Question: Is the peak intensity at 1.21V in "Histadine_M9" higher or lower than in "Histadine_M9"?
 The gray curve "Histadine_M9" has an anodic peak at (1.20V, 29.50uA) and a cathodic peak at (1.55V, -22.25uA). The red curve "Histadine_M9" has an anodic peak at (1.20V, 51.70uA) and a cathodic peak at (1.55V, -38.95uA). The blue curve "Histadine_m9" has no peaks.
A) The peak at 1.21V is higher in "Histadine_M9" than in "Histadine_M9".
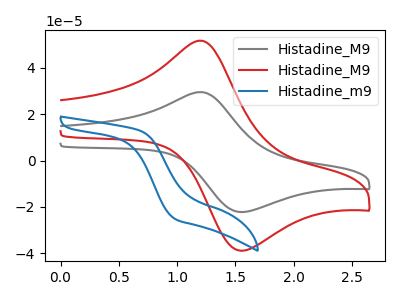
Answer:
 <answer>A) The peak at 1.21V is higher in "Histadine_M9" than in "Histadine_M9".</answer>
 <eval>A</eval>